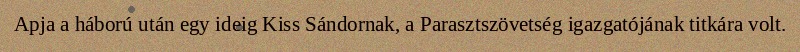
Apja a háború után egy ideig Kiss Sándornak, a Parasztszövetség igazgatójának titkára volt.